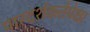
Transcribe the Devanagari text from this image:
पारदर्शकतेपेक्षा